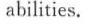
abilities.